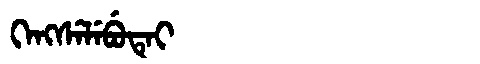
Manchu: ᡴᡝᠩᠰᡝᠯᡝᠪᡠᡨᡝᡳ
Romanization: KENGSELEBUTEI